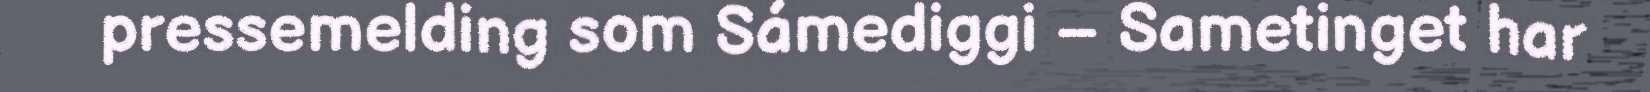
pressemelding som Sámediggi – Sametinget har